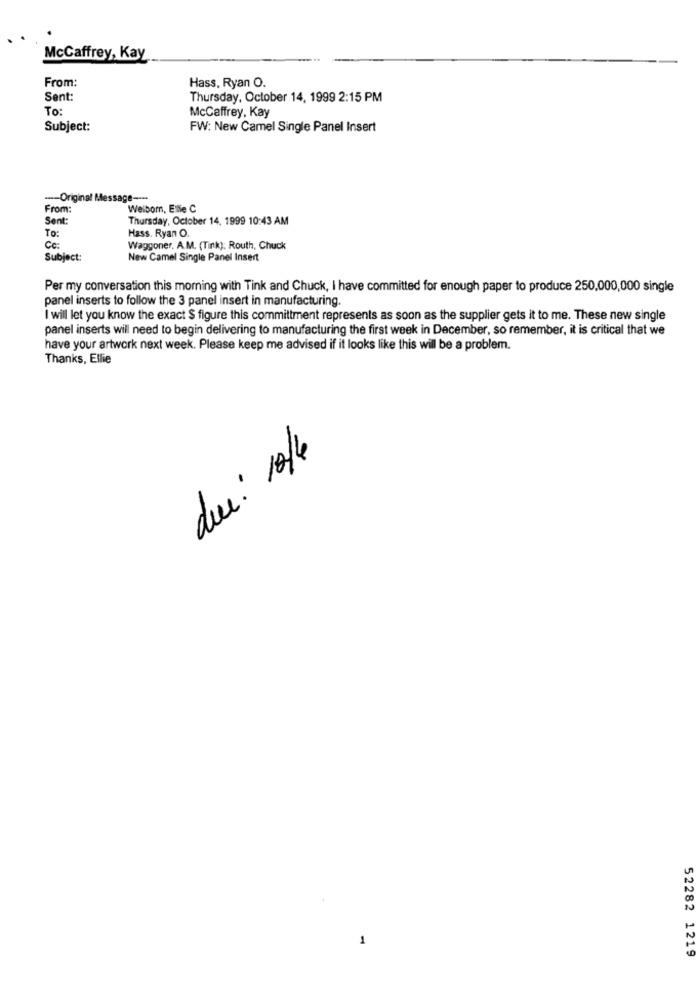
McCaffrey, Kay
From:
Hass, Ryan O.
Sent:
Thursday, October 14, 1999 2:15 PM
To:
McCaffrey, Kay
Subject:
FW: New Camel Single Panel Insert
--- Original Message ----
From:
Welborn, Eine C
Sent:
Thursday, October 14. 1999 10:43 AM
To:
Hass. Ryan O.
Cc:
Waggoner, A.M. (Tink): Routh, Chuck
Subject:
New Camel Single Panel Insert
Per my conversation this morning with Tink and Chuck, I have committed for enough paper to produce 250,000,000 single
panel inserts to follow the 3 panel insert in manufacturing
I will let you know the exact $ figure this committment represents as soon as the supplier gets it to me. These new single
panel inserts will need to begin delivering to manufacturing the first week in December, so remember, it is critical that we
have your artwork next week. Please keep me advised if it looks like this will be a problem.
Thanks, Ellie
due : 10/6
52282 1219